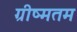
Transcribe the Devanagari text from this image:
ग्रीष्मतम